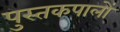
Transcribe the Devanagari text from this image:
पुस्तकपालों